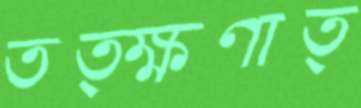
তত্ক্ষণাত্